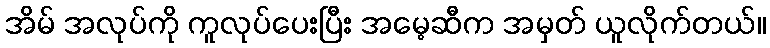
အိမ် အလုပ်ကို ကူလုပ်ပေးပြီး အမေ့ဆီက အမှတ် ယူလိုက်တယ်။